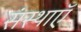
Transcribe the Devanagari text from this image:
संस्थाऍं